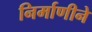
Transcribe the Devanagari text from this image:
निर्माणीने